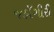
જહાઁગીરી